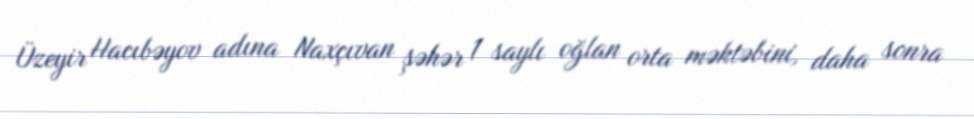
Üzeyir Hacıbəyov adına Naxçıvan şəhər 1 saylı oğlan orta məktəbini, daha sonra